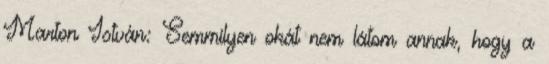
Marton István: Semmilyen okát nem látom annak, hogy a